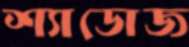
শ্যাডোজ